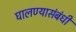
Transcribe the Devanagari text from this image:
घालण्यासंबंधी